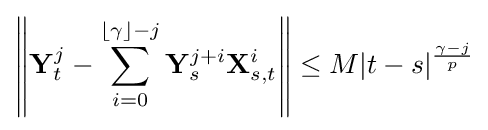
\left\|\mathbf {Y} _{t}^{j}-\sum _{i=0}^{\lfloor \gamma \rfloor -j}\mathbf {Y} _{s}^{j+i}\mathbf {X} _{s,t}^{i}\right\|\leq M|t-s|^{\frac {\gamma -j}{p}}